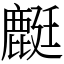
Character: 𪊶